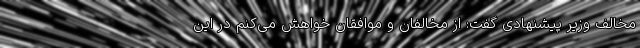
مخالف وزیر پیشنهادی گفت: از مخالفان و موافقان خواهش می‌کنم در این